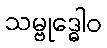
သမ္ဗုဒ္ဓေါဝ